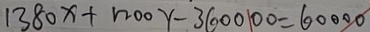
1 3 8 0 x + 1 2 0 0 y - 3 6 0 0 0 0 = 6 0 0 0 0